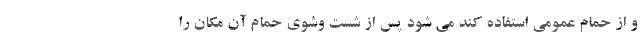
و از حمام عمومی استفاده کند می شود پس از شست وشوی حمام آن مکان را